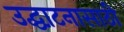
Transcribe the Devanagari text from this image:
उद्घाटनासाठी